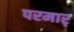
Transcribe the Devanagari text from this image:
परमार्